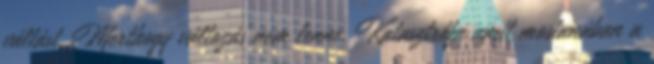
váltást. Merthogy változás nem lenne. Katasztrófa amit mostanában a